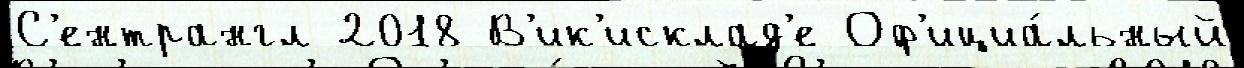
С'ентрангл 2018 В'ик'исклад'е Оф'ициа́льный